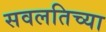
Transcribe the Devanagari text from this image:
सवलतिच्या